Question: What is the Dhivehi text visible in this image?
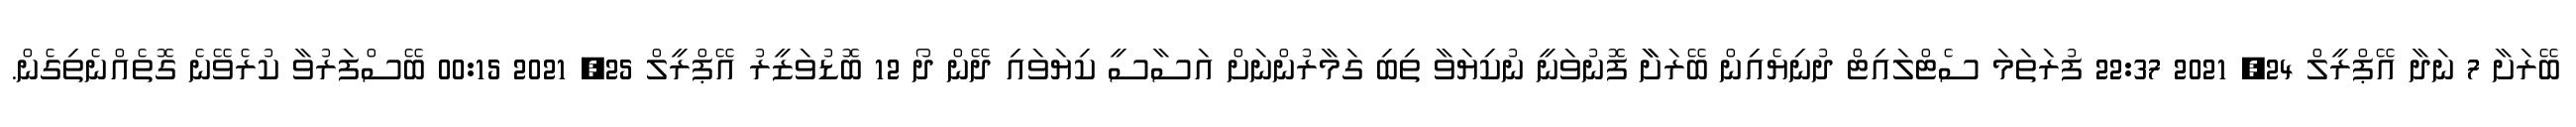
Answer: ބޭރަށާ 7 ނަދާ އޭޕްރީލް 24, 2021 22:37 ފުރަތަމަ ސެޓްލައިޓް ދުނިޔެއިން ބޭރަށާާ ފޮނުވަނީ ނުކިޔަވާ ތިބި ގަމާރުންނަށް އަސާސީ ކިޔަވައި ދޭން ދޯ 12 ބޮޑުވަޒީރު އޭޕްރީލް 25, 2021 00:15 ބޭސްފަރުވާ ކުރެވޭނެ ގޮތެއްނެތިގެން.